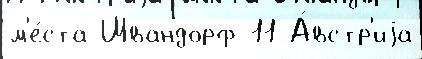
м'е́ста Швандорф 11 А́встр'иjа